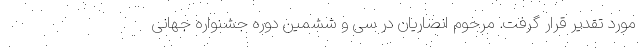
مورد تقدیر قرار گرفت. مرحوم انصاریان در سی و ششمین دوره جشنواره جهانی